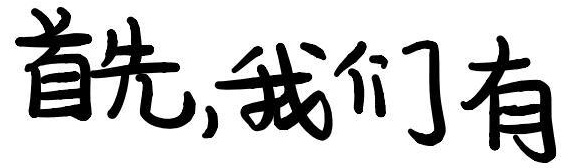
首先,我们有